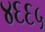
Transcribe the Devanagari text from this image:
४६६५